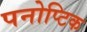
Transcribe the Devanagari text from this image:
पनोप्टिक